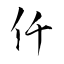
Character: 仟